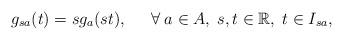
LaTeX: \begin{align*} g_{sa}(t) = sg_a(st),\;\;\;\;\; \forall\; a\in A,\;s,t\in\mathbb{R},\;t\in I_{sa}, \end{align*}